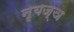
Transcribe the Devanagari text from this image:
नृयज्ञ